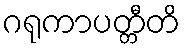
ဂရုကာပတ္တီတိ